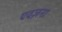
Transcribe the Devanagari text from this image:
एदज़ना